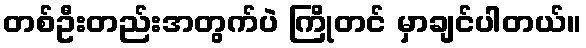
တစ်ဦးတည်းအတွက်ပဲ ကြိုတင် မှာချင်ပါတယ်။